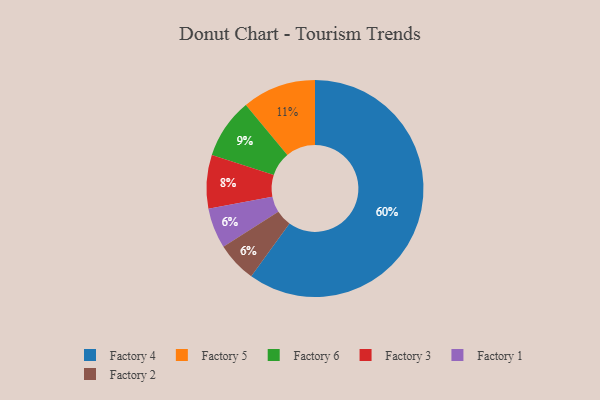
{"axis": {"x": "Category", "y": "Percentage"}, "legend": ["Factory 1", "Factory 2", "Factory 3", "Factory 4", "Factory 5", "Factory 6"], "data": [{"x": "Factory 4", "y": 60, "type": "Factory 4"}, {"x": "Factory 5", "y": 11, "type": "Factory 5"}, {"x": "Factory 1", "y": 6, "type": "Factory 1"}, {"x": "Factory 3", "y": 8, "type": "Factory 3"}, {"x": "Factory 2", "y": 6, "type": "Factory 2"}, {"x": "Factory 6", "y": 9, "type": "Factory 6"}]}